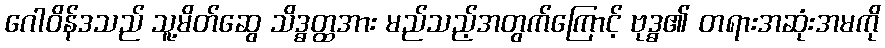
ဂေါဝိန်ဒသည် သူ့မိတ်ဆွေ သိဒ္ဓတ္ထအား မည်သည့်အတွက်ကြောင့် ဗုဒ္ဓ၏ တရားအဆုံးအမကို